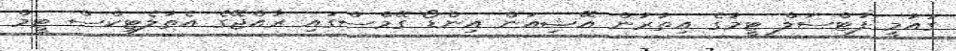
ގައުމީ ފުޓްސަލް ޓީމުގެ އިތުރުން އޭޝިއަން އިންޑޯ ގޭމްސްގައި ރާއްޖޭގެ އެތުލެޓިކްސް ޓީމް